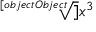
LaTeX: \sqrt [ [object Object] ] { x ^ { 3 } }